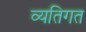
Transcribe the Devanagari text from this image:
व्यतिगत